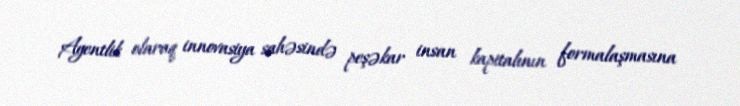
Agentlik olaraq innovasiya sahəsində peşəkar insan kapitalının formalaşmasına